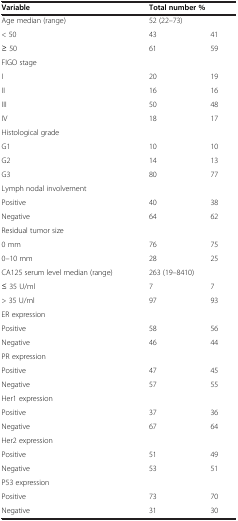
| Variable | <COLSPAN=2> Total number % |
 | --- | --- | --- |
 | Age median (range) | <COLSPAN=2> 52 (22–73) |
 | < 50 | 43 | 41 |
 | ≥ 50 | 61 | 59 |
 | FIGO stage |  |  |
 | I | 20 | 19 |
 | II | 16 | 16 |
 | III | 50 | 48 |
 | IV | 18 | 17 |
 | Histological grade |  |  |
 | G1 | 10 | 10 |
 | G2 | 14 | 13 |
 | G3 | 80 | 77 |
 | Lymph nodal involvement |  |  |
 | Positive | 40 | 38 |
 | Negative | 64 | 62 |
 | Residual tumor size |  |  |
 | 0 mm | 76 | 75 |
 | 0–10 mm | 28 | 25 |
 | CA125 serum level median (range) | <COLSPAN=2> 263 (19–8410) |
 | ≤ 35 U/ml | 7 | 7 |
 | > 35 U/ml | 97 | 93 |
 | ER expression |  |  |
 | Positive | 58 | 56 |
 | Negative | 46 | 44 |
 | PR expression |  |  |
 | Positive | 47 | 45 |
 | Negative | 57 | 55 |
 | Her1 expression |  |  |
 | Positive | 37 | 36 |
 | Negative | 67 | 64 |
 | Her2 expression |  |  |
 | Positive | 51 | 49 |
 | Negative | 53 | 51 |
 | P53 expression |  |  |
 | Positive | 73 | 70 |
 | Negative | 31 | 30 |